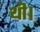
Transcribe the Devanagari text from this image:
थी।